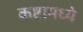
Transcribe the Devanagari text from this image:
कष्टामध्ये